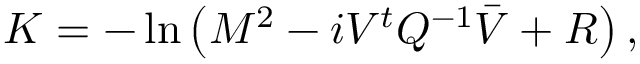
{ \cal K } = - \ln \left( M ^ { 2 } - i V ^ { t } { Q } ^ { - 1 } \bar { V } + R \right) ,